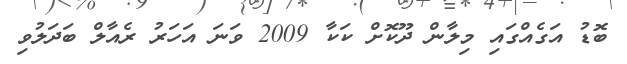
ބޮޑު އަގެއްގައި މިލާން ދޫކޮށް ކަކާ 2009 ވަނަ އަހަރު ރެއާލް ބަދަލުވި